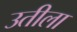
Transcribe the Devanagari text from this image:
उतीला